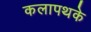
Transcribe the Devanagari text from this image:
कलापथके